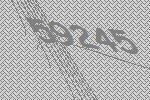
59245